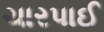
ચારપાઈ